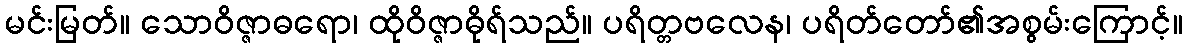
မင်းမြတ်။ သောဝိဇ္ဇာဓရော၊ ထိုဝိဇ္ဇာဓိုရ်သည်။ ပရိတ္တဗလေန၊ ပရိတ်တော်၏အစွမ်းကြောင့်။